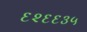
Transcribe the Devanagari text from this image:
६२६६३५